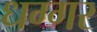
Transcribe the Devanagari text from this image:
धग्गर